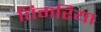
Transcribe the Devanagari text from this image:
तिमरिया